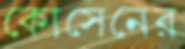
কোসেনের